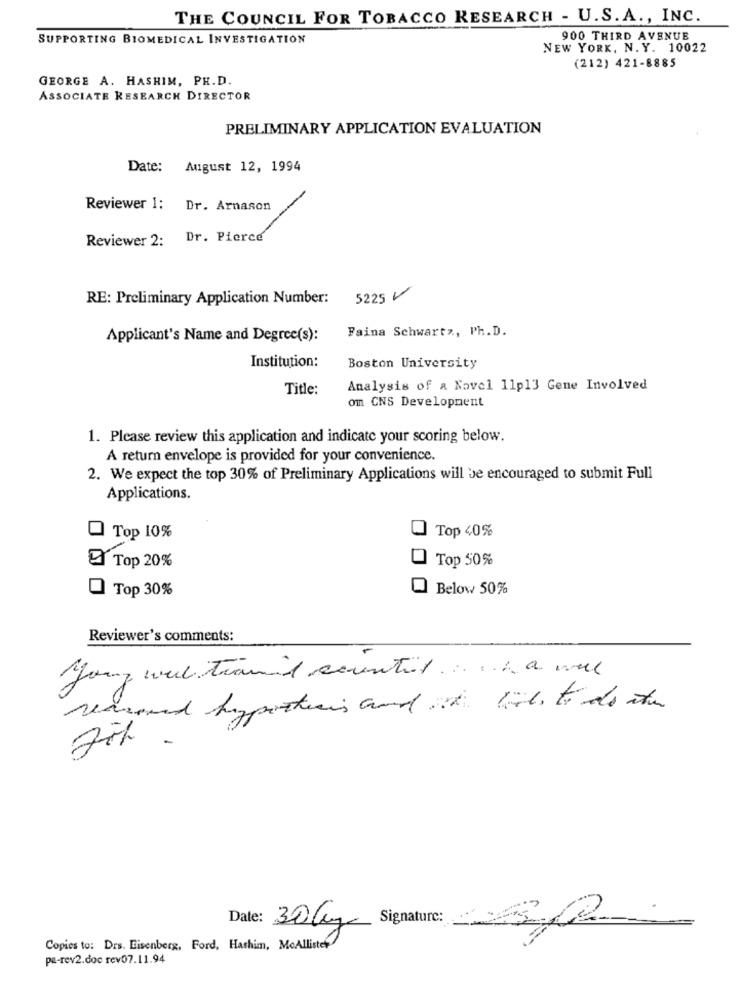
THE COUNCIL FOR TOBACCO RESEARCH - U.S. A ., INC.
SUPPORTING BIOMEDICAL INVESTIGATION
900 THIRD AVENUE
NEW YORK, N. Y. 10022
(212) 421-8885
GEORGE A. HASHIM, PH.D.
ASSOCIATE RESEARCH DIRECTOR
PRELIMINARY APPLICATION EVALUATION
Date: August 12, 1994
Reviewer 1: Dr. Arnason
Reviewer 2: Dr. Pierce
RE: Preliminary Application Number: 5225
Faina Schwartz, Ph.D.
Applicant's Name and Degree(s):
Institution:
Boston University
Title:
Analysis of a Novel 11p13 Gene Involved
om CNS Development
1. Please review this application and indicate your scoring below.
A return envelope is provided for your convenience.
2. We expect the top 30% of Preliminary Applications will be encouraged to submit Full
Applications.
Top 10%
Top 40%
Top 50%
I Top 20%
Top 30%
Below 50%
Reviewer's comments:
Going wil traud countil ... on a wal
Fit .
Signature:
Date: 30 Cz
Copies to: Drs. Eisenberg, Ford, Hashim, McAllister
pa-rev2.doc rev07.11.94